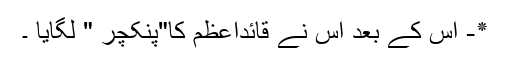
٭- اُس کے بعد اُس نے قائداعظم کا"پنکچر " لگایا ۔